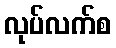
လုပ်လက်စ